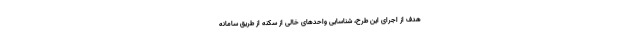
هدف از اجرای این طرح، شناسایی واحدهای خالی از سکنه از طریق سامانه